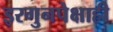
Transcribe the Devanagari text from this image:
इरगुनपेक्षाही